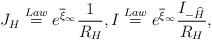
LaTeX: \begin{align*} J_{H}\stackrel{Law}{=}e^{\overline{\xi}_{\infty}} \frac{1}{R_{H}},I\stackrel{Law}{=}e^{\overline{\xi}_{\infty}} \frac{I_{-\widehat{H}}}{R_{H}}, \end{align*}